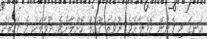
އަނގަ މި ފެނުން ދޮވެލާށެވެ. ނުވަތަ ގޫގުލް ކޮށްލާށެވެ. ދުވާލަކު ދެ ފަހަރަކު